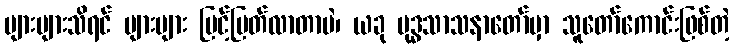
များများသိရင် များများ မြင့်မြတ်လာတာပဲ၊ ယခု ဗုဒ္ဓသာသနာတော်မှာ သူတော်ကောင်းဖြစ်တဲ့